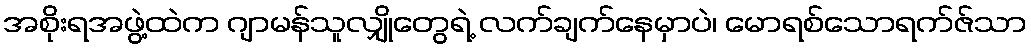
အစိုးရအဖွဲ့ထဲက ဂျာမန်သူလျှိုတွေရဲ့ လက်ချက်နေမှာပဲ၊ မောရစ်သောရက်ဇ်သာ